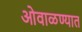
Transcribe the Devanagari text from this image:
ओवाळण्यात